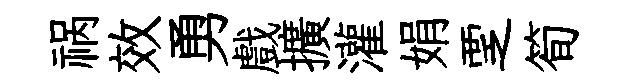
祸效勇戲擴灌娟覂筍